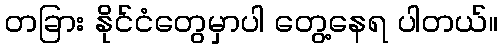
တခြား နိုင်ငံတွေမှာပါ တွေ့နေရ ပါတယ်။